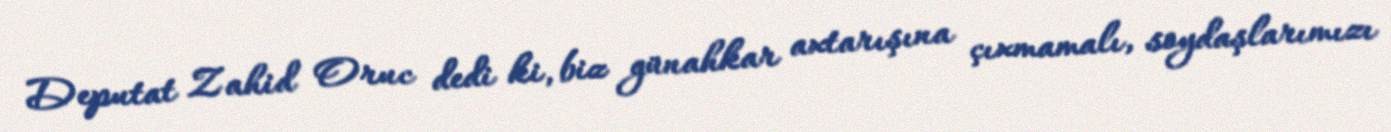
Deputat Zahid Oruc dedi ki, biz günahkar axtarışına çıxmamalı, soydaşlarımızı